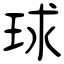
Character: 球